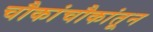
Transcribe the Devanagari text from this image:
चौकांचौकांतून